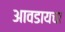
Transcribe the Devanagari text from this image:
आवडायचा